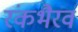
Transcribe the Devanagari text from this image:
रंकभैरव